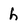
Character: h